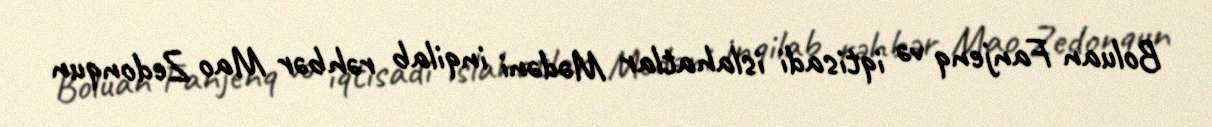
Boluan Fanjenq və iqtisadi islahatlar Mədəni inqilab rəhbər Mao Zedonqun